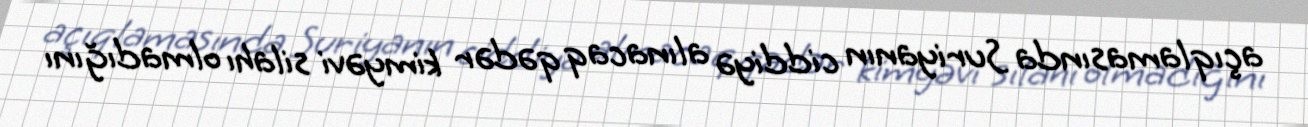
açıqlamasında Suriyanın ciddiyə alınacaq qədər kimyəvi silahı olmadığını